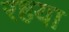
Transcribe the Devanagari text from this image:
रहया